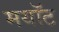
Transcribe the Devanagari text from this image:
मयॉट